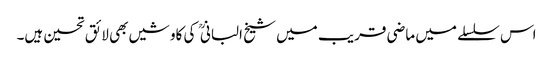
اس سلسلے میں ماضی قریب میں شیخ البانی کی کاوشیں بھی لائق تحسین ہیں۔